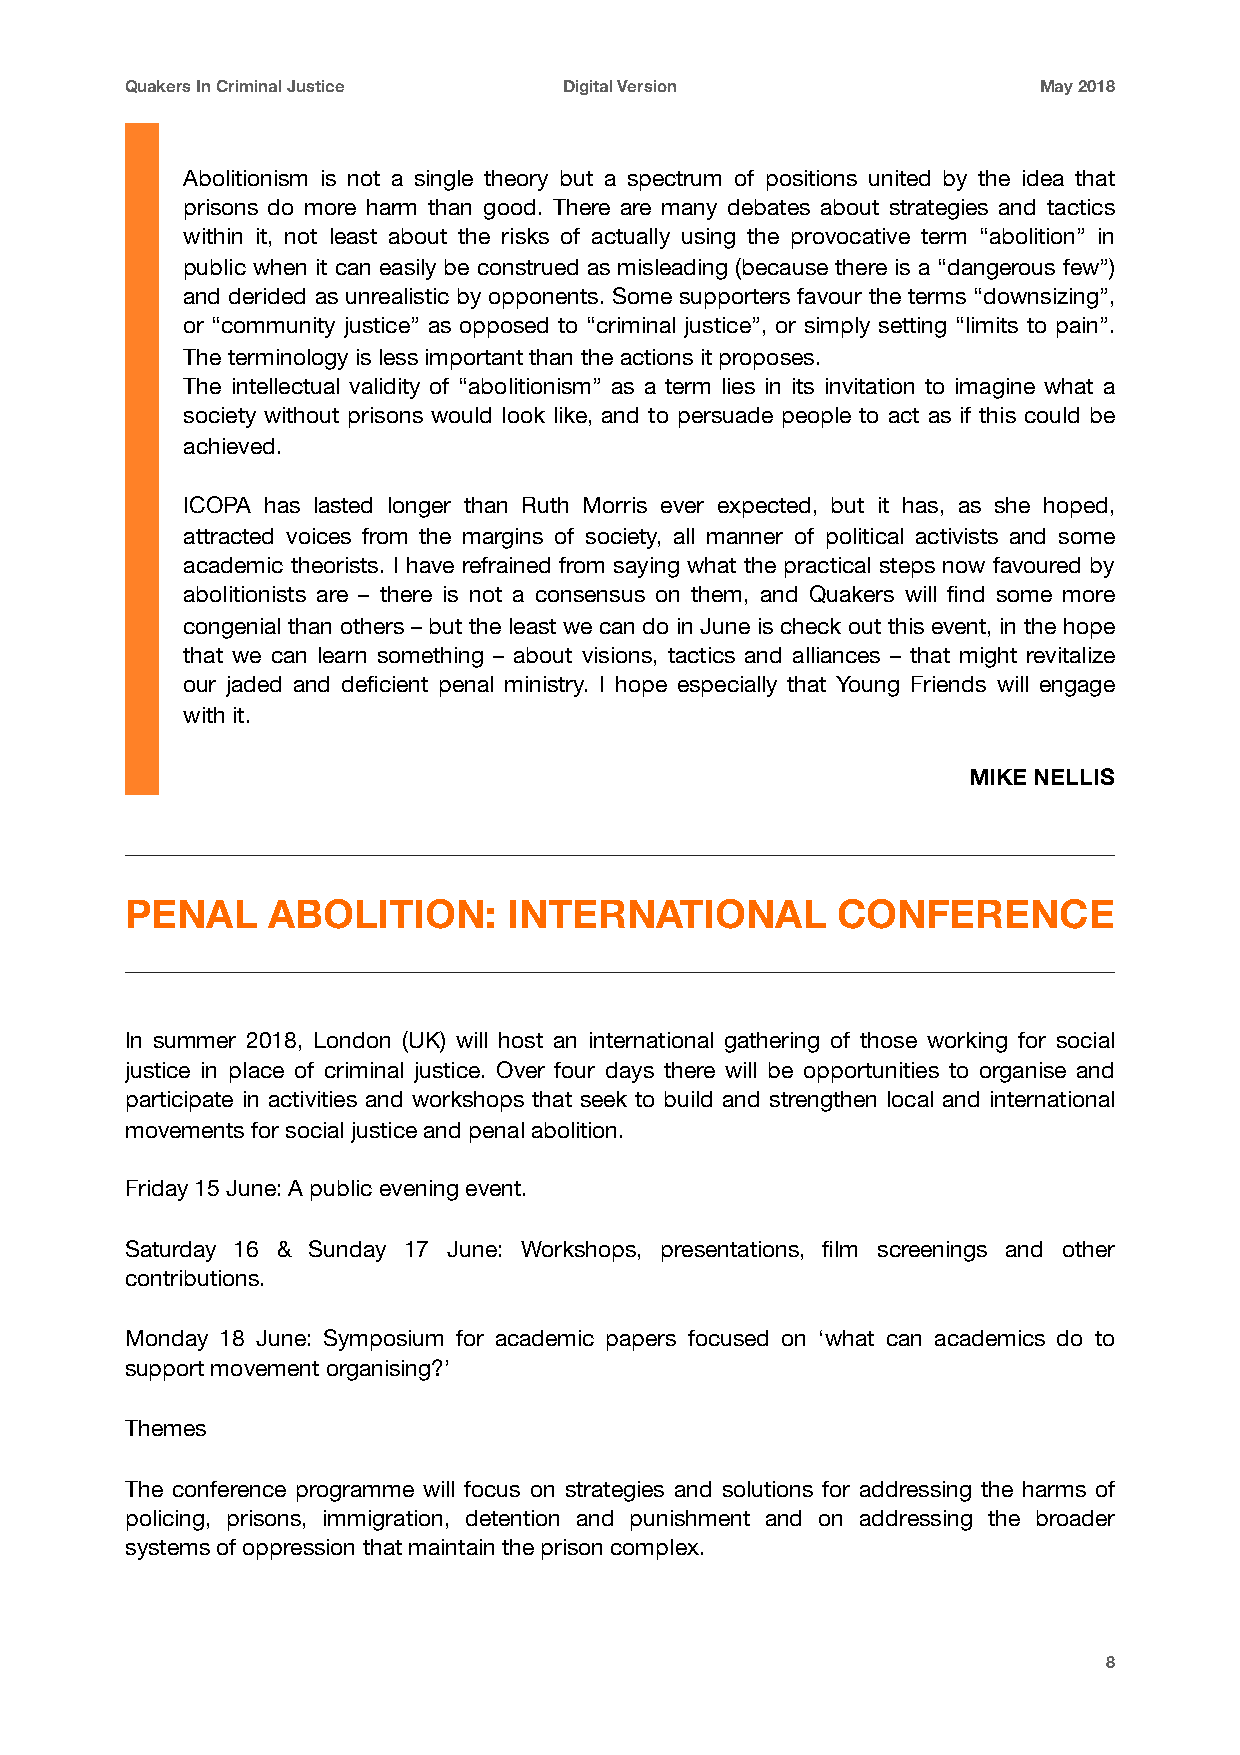
Quakers In Criminal Justice  Digital Version                 May 2018
 Abolitionism is not a single theory but a spectrum of positions united by the idea that
 prisons do more harm than good. There are many debates about strategies and tactics
 within it, not least about the risks of actually using the provocative term “abolition” in
 public when it can easily be construed as misleading (because there is a “dangerous few”)
 and derided as unrealistic by opponents. Some supporters favour the terms “downsizing”,
 or “community justice” as opposed to “criminal justice”, or simply setting “limits to pain”.
 The terminology is less important than the actions it proposes.
 The intellectual validity of “abolitionism” as a term lies in its invitation to imagine what a
 society without prisons would look like, and to persuade people to act as if this could be
 achieved.
 ICOPA has lasted longer than Ruth Morris ever expected, but it has, as she hoped,
 attracted voices from the margins of society, all manner of political activists and some
 academic theorists. I have refrained from saying what the practical steps now favoured by
 abolitionists are – there is not a consensus on them, and Quakers will find some more
 congenial than others – but the least we can do in June is check out this event, in the hope
 that we can learn something – about visions, tactics and alliances – that might revitalize
 our jaded and deficient penal ministry. I hope especially that Young Friends will engage
 with it.
 MIKE NELLIS
 PENAL     ABOLITION:      INTERNATIONAL        CONFERENCE
 In summer 2018, London (UK) will host an international gathering of those working for social
 justice in place of criminal justice. Over four days there will be opportunities to organise and
 participate in activities and workshops that seek to build and strengthen local and international
 movements for social justice and penal abolition.
 Friday 15 June: A public evening event.
 Saturday 16 & Sunday 17 June: Workshops, presentations, film screenings and other
 contributions.
 Monday 18 June: Symposium for academic papers focused on ‘what can academics do to
 support movement organising?’
 Themes
 The conference programme will focus on strategies and solutions for addressing the harms of
 policing, prisons, immigration, detention and punishment and on addressing the broader
 systems of oppression that maintain the prison complex.
 8